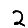
Digit: 2